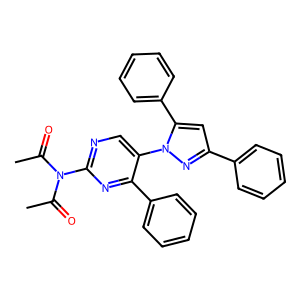
SMILES: CC(=O)N(C(C)=O)c1ncc(-n2nc(-c3ccccc3)cc2-c2ccccc2)c(-c2ccccc2)n1
Inhibits HIV replication: No